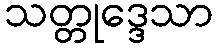
သတ္တုဒ္ဒေသာ